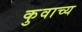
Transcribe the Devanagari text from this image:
कुवाच्य